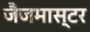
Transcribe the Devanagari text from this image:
जैजमास्टर